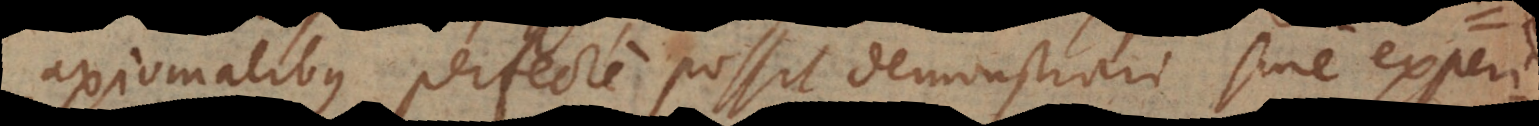
axiomatibus perfecte possit demonstrari sine experi